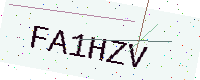
Text: FA1HZV